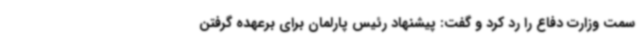
سمت وزارت دفاع را رد کرد و گفت: پیشنهاد رئیس پارلمان برای برعهده گرفتن